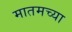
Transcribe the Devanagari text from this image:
मातमच्या